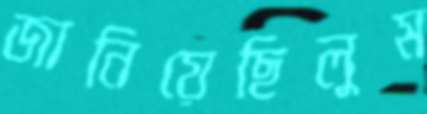
জানিয়েছিলুম